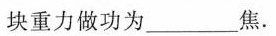
块重力做功为___焦.